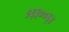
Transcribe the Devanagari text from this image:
१३३००३४